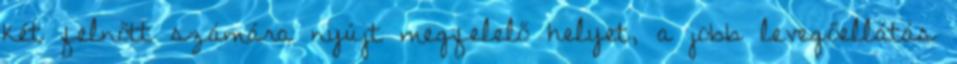
két felnőtt számára nyújt megfelelő helyet, a jobb levegőellátás